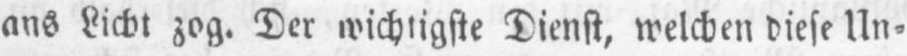
ans Licht zog. Der wichtigste Dienst, welchen diese Un⸗